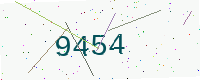
Text: 9454